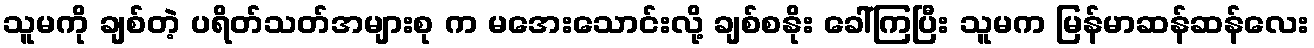
သူမကို ချစ်တဲ့ ပရိတ်သတ်အများစု က မအေးသောင်းလို့ ချစ်စနိုး ခေါ်ကြပြီး သူမက မြန်မာဆန်ဆန်လေး